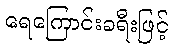
ရေကြောင်းခရီးဖြင့်